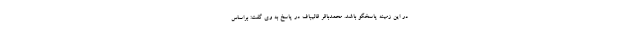
در این زمینه پاسخگو باشد. محمدباقر قالیباف در پاسخ به وی گفت: براساس